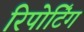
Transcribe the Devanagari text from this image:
रिपोटि॔ंग